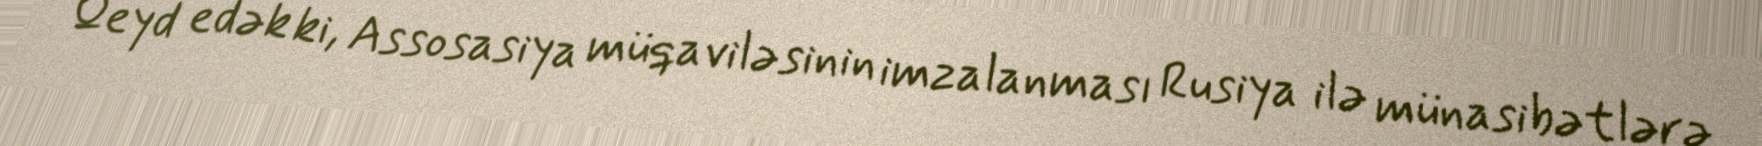
Qeyd edək ki, Assosasiya müqaviləsinin imzalanması Rusiya ilə münasibətlərə